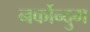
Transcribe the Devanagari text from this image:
नर्कोन्दुम